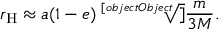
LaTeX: r _ { \mathrm { H } } \approx a ( 1 - e ) { \sqrt [ [object Object] ] { \frac { m } { 3 M } } } .